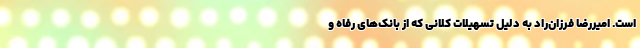
است. امیررضا فرزان‌راد به دلیل تسهیلات کلانی که از بانک‌های رفاه و